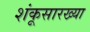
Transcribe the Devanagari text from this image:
शंकूसारख्या